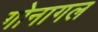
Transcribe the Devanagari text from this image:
गोनागल